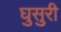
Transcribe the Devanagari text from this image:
घुसुरी